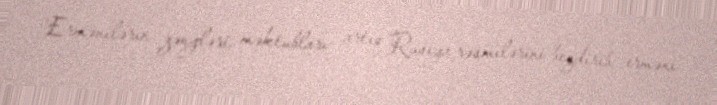
Ermənilərin zəngləri, məktubları artıq Rusiya rəsmilərini bezdirib, erməni